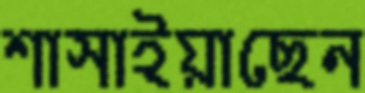
শাসাইয়াছেন